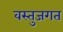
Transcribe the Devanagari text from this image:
वस्तुजगत